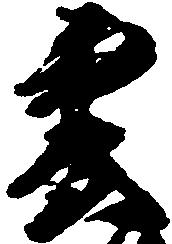
雲